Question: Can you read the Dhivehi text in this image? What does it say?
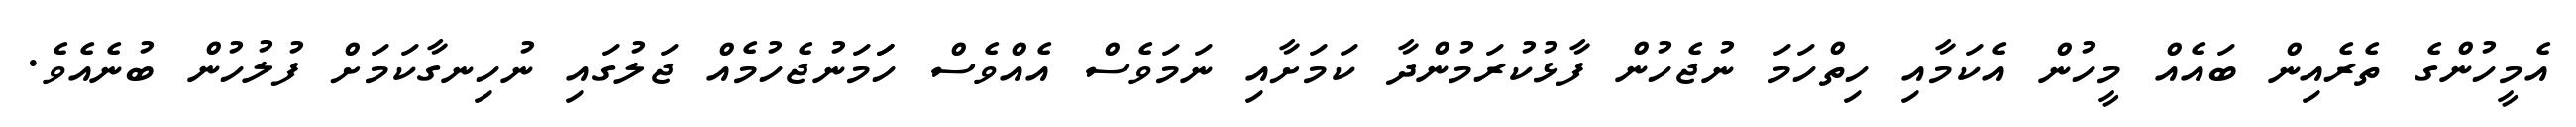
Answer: އެމީހުންގެ ތެރެއިން ބައެއް މީހުން އެކަމާއި ހިތްހަމަ ނުޖެހުން ފާޅުކުރަމުންދާ ކަމަށާއި ނަމަވެސް އެއްވެސް ހަަމަނުޖެހުމެއް ޖަލުގައި ނުހިނގާކަމަށް ފުލުހުން ބުނެއެވެ.